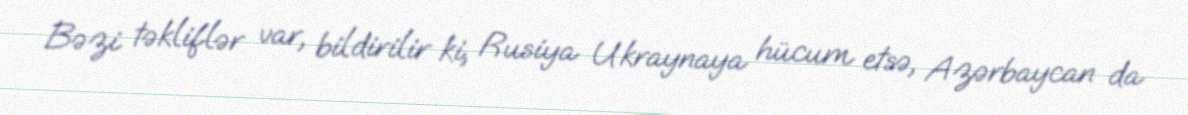
Bəzi təkliflər var, bildirilir ki, Rusiya Ukraynaya hücum etsə, Azərbaycan da